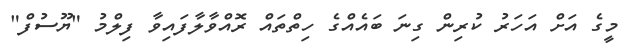
މީގެ އަށް އަހަރު ކުރިން ގިނަ ބައެއްގެ ހިތްތައް ރޮއްވާލާފައިވާ ފިލްމު "ޔޫސުފް"